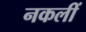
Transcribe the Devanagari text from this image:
नकलीं